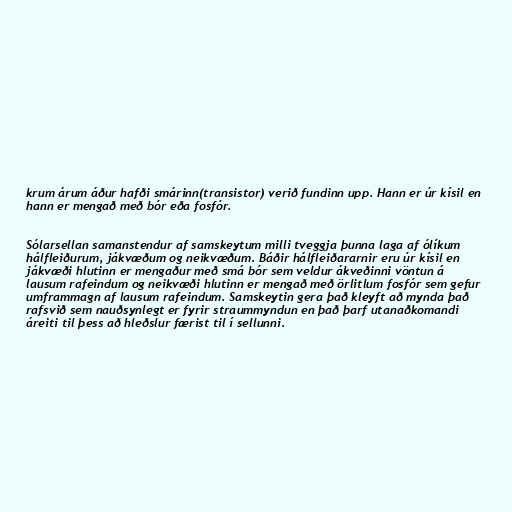
krum árum áður hafði smárinn(transistor) verið fundinn upp. Hann er úr kísil en
hann er mengað með bór eða fosfór.

Sólarsellan samanstendur af samskeytum milli tveggja þunna laga af ólíkum
hálfleiðurum, jákvæðum og neikvæðum. Báðir hálfleiðararnir eru úr kísil en
jákvæði hlutinn er mengaður með smá bór sem veldur ákveðinni vöntun á
lausum rafeindum og neikvæði hlutinn er mengað með örlitlum fosfór sem gefur
umframmagn af lausum rafeindum. Samskeytin gera það kleyft að mynda það
rafsvið sem nauðsynlegt er fyrir straummyndun en það þarf utanaðkomandi
áreiti til þess að hleðslur færist til í sellunni.